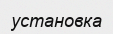
установка